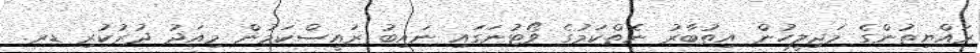
ރައްޔިތުންގެ މަޖިލީހުން އިތުބާރު ނެތްކަމުގެ ވޯޓުނަގައި ނައިބު ރައީސްކަމުން މިއަދު ދުރުކުރި ޑރ.